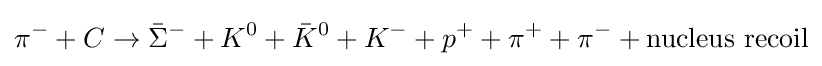
\pi ^{-}+C\to {\bar {\Sigma }}^{-}+K^{0}+{\bar {K}}^{0}+K^{-}+p^{+}+\pi ^{+}+\pi ^{-}+{\text{nucleus recoil}}